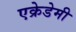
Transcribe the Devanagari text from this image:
एक्रेडेमी